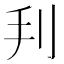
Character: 𠛃